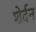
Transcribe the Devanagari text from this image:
शेर्दन